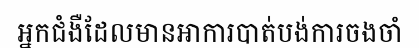
អ្នកជំងឺដែលមានអាការបាត់បង់ការចងចាំ